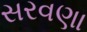
સરવણા